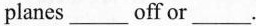
planes ___ off or ___.